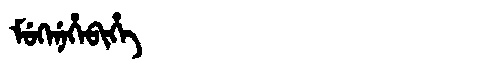
Manchu: ᠮᡠᡴᡝᠨᡝᡥᡝᠪᡳᡥᡝ
Romanization: MUKENEHEBIHE